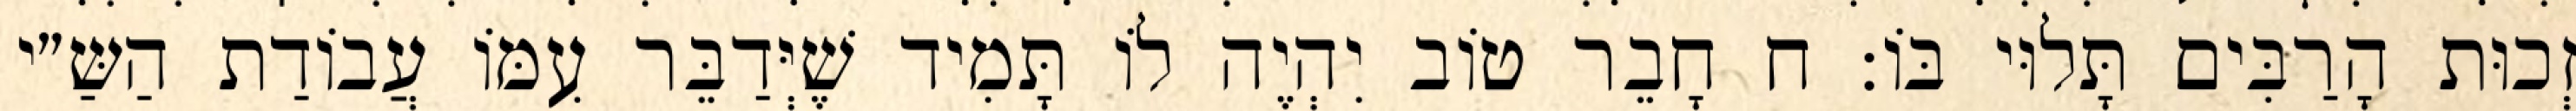
זְכוּת הָרַבִּים תָּלוּי בּוֹ: ח חָבֵר טוֹב יִהְיֶה לוֹ תָּמִיד שֶׁיְּדַבֵּר עִמּוֹ עֲבוֹדַת הַשַּ״י